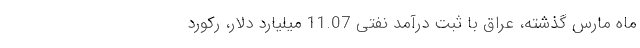
ماه مارس گذشته، عراق با ثبت درآمد نفتی 11.07 میلیارد دلار، رکورد